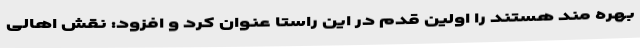
بهره مند هستند را اولین قدم در این راستا عنوان کرد و افزود: نقش اهالی